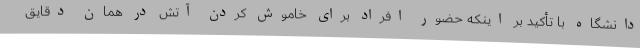
دانشگاه با تأکید بر اینکه حضور افراد برای خاموش کردن آتش در همان دقایق